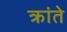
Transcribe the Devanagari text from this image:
क्रांते